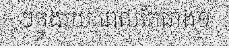
ៗក្នុងរយៈពេលតែជាង១